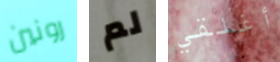
رونين لم أغلقي